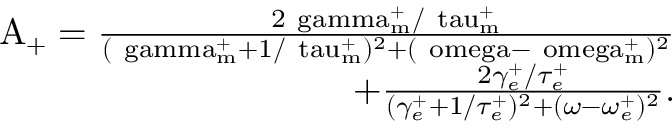
\begin{array} { r } { \mathrm { { A _ { + } } = \frac { 2 \ g a m m a _ { m } ^ { + } / \ t a u _ { m } ^ { + } } { ( \ g a m m a _ { m } ^ { + } + 1 / \ t a u _ { m } ^ { + } ) ^ { 2 } + ( \ o m e g a - \ o m e g a _ { m } ^ { + } ) ^ { 2 } } } } \\ { + \frac { 2 \gamma _ { e } ^ { + } / \tau _ { e } ^ { + } } { ( \gamma _ { e } ^ { + } + 1 / \tau _ { e } ^ { + } ) ^ { 2 } + ( \omega - \omega _ { e } ^ { + } ) ^ { 2 } } . } \end{array}